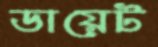
ডায়েট